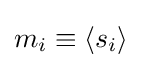
m_{i}\equiv \langle s_{i}\rangle